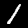
Label: 1